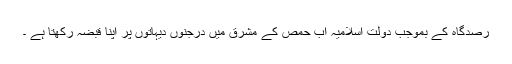
رصدگاہ کے بموجب دولت اسلامیہ اب حمص کے مشرق میں درجنوں دیہاتوں پر اپنا قبضہ رکھتا ہے ۔